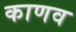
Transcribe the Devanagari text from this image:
काणव